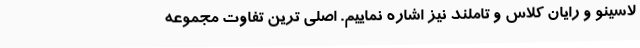
لاسینو و رایان کلاس و تاملند نیز اشاره نماییم. اصلی ترین تفاوت مجموعه